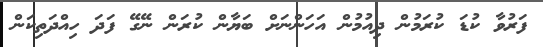
ފަރުވާ ކުޑަ ކުރަމުން ދިއުމުން އަހަންނަށް ބަޔާން ކުރަން ނޭގޭ ފަދަ ހިއްދަތިކަން